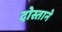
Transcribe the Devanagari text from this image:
दोस्ताने